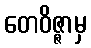
တေဝိဇ္ဇာမှ